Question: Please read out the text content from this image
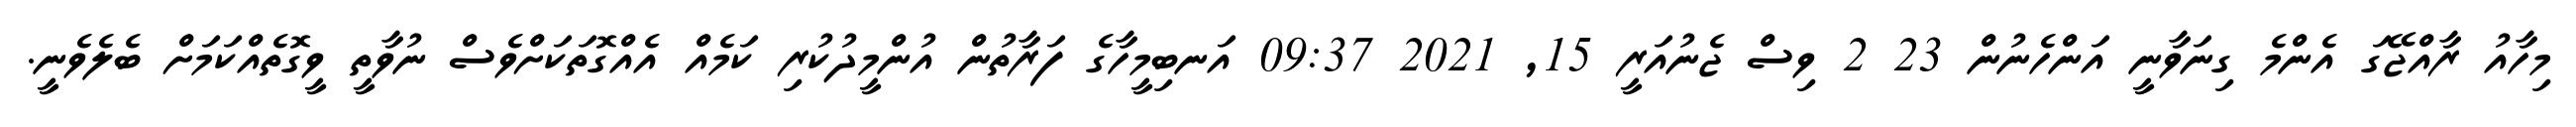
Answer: މިހާއު ރާއްޖޭގަ އެންމެ ގިނަވާނީ އަންހެނުން 23 2 ވިސް ޖެނުއަރީ 15, 2021 09:37 އަނބިމީހާގެ ފަރާތުން އުންމީދުކުރި ކަމެއް އެއްގޮތަކަށްވެސް ނުވާތީ ވީގޮތެއްކަމަށް ބެލެވެނީ.